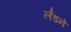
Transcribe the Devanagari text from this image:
लँडने